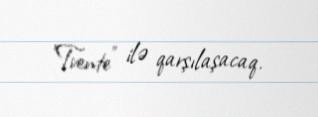
"Tvente" ilə qarşılaşacaq.